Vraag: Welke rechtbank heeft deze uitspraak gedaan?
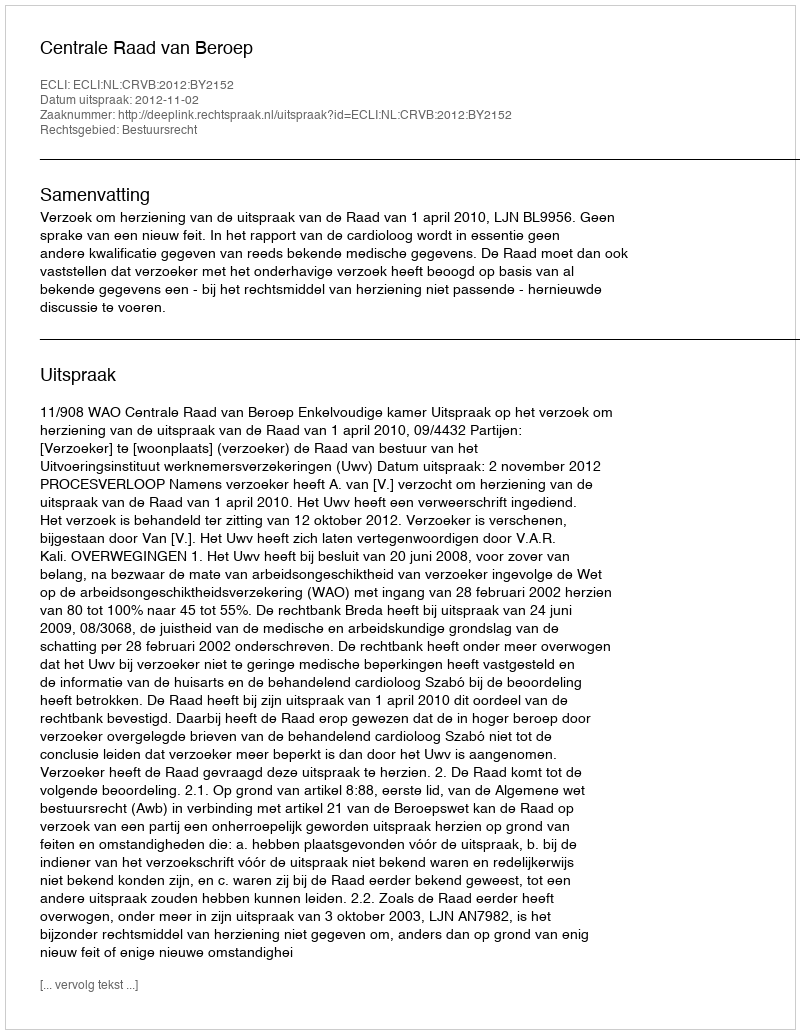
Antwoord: Centrale Raad van Beroep